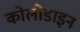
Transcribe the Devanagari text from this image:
कोलोडाइन